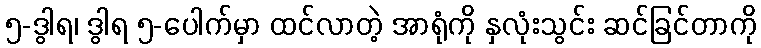
၅-ဒွါရ၊ ဒွါရ ၅-ပေါက်မှာ ထင်လာတဲ့ အာရုံကို နှလုံးသွင်း ဆင်ခြင်တာကို